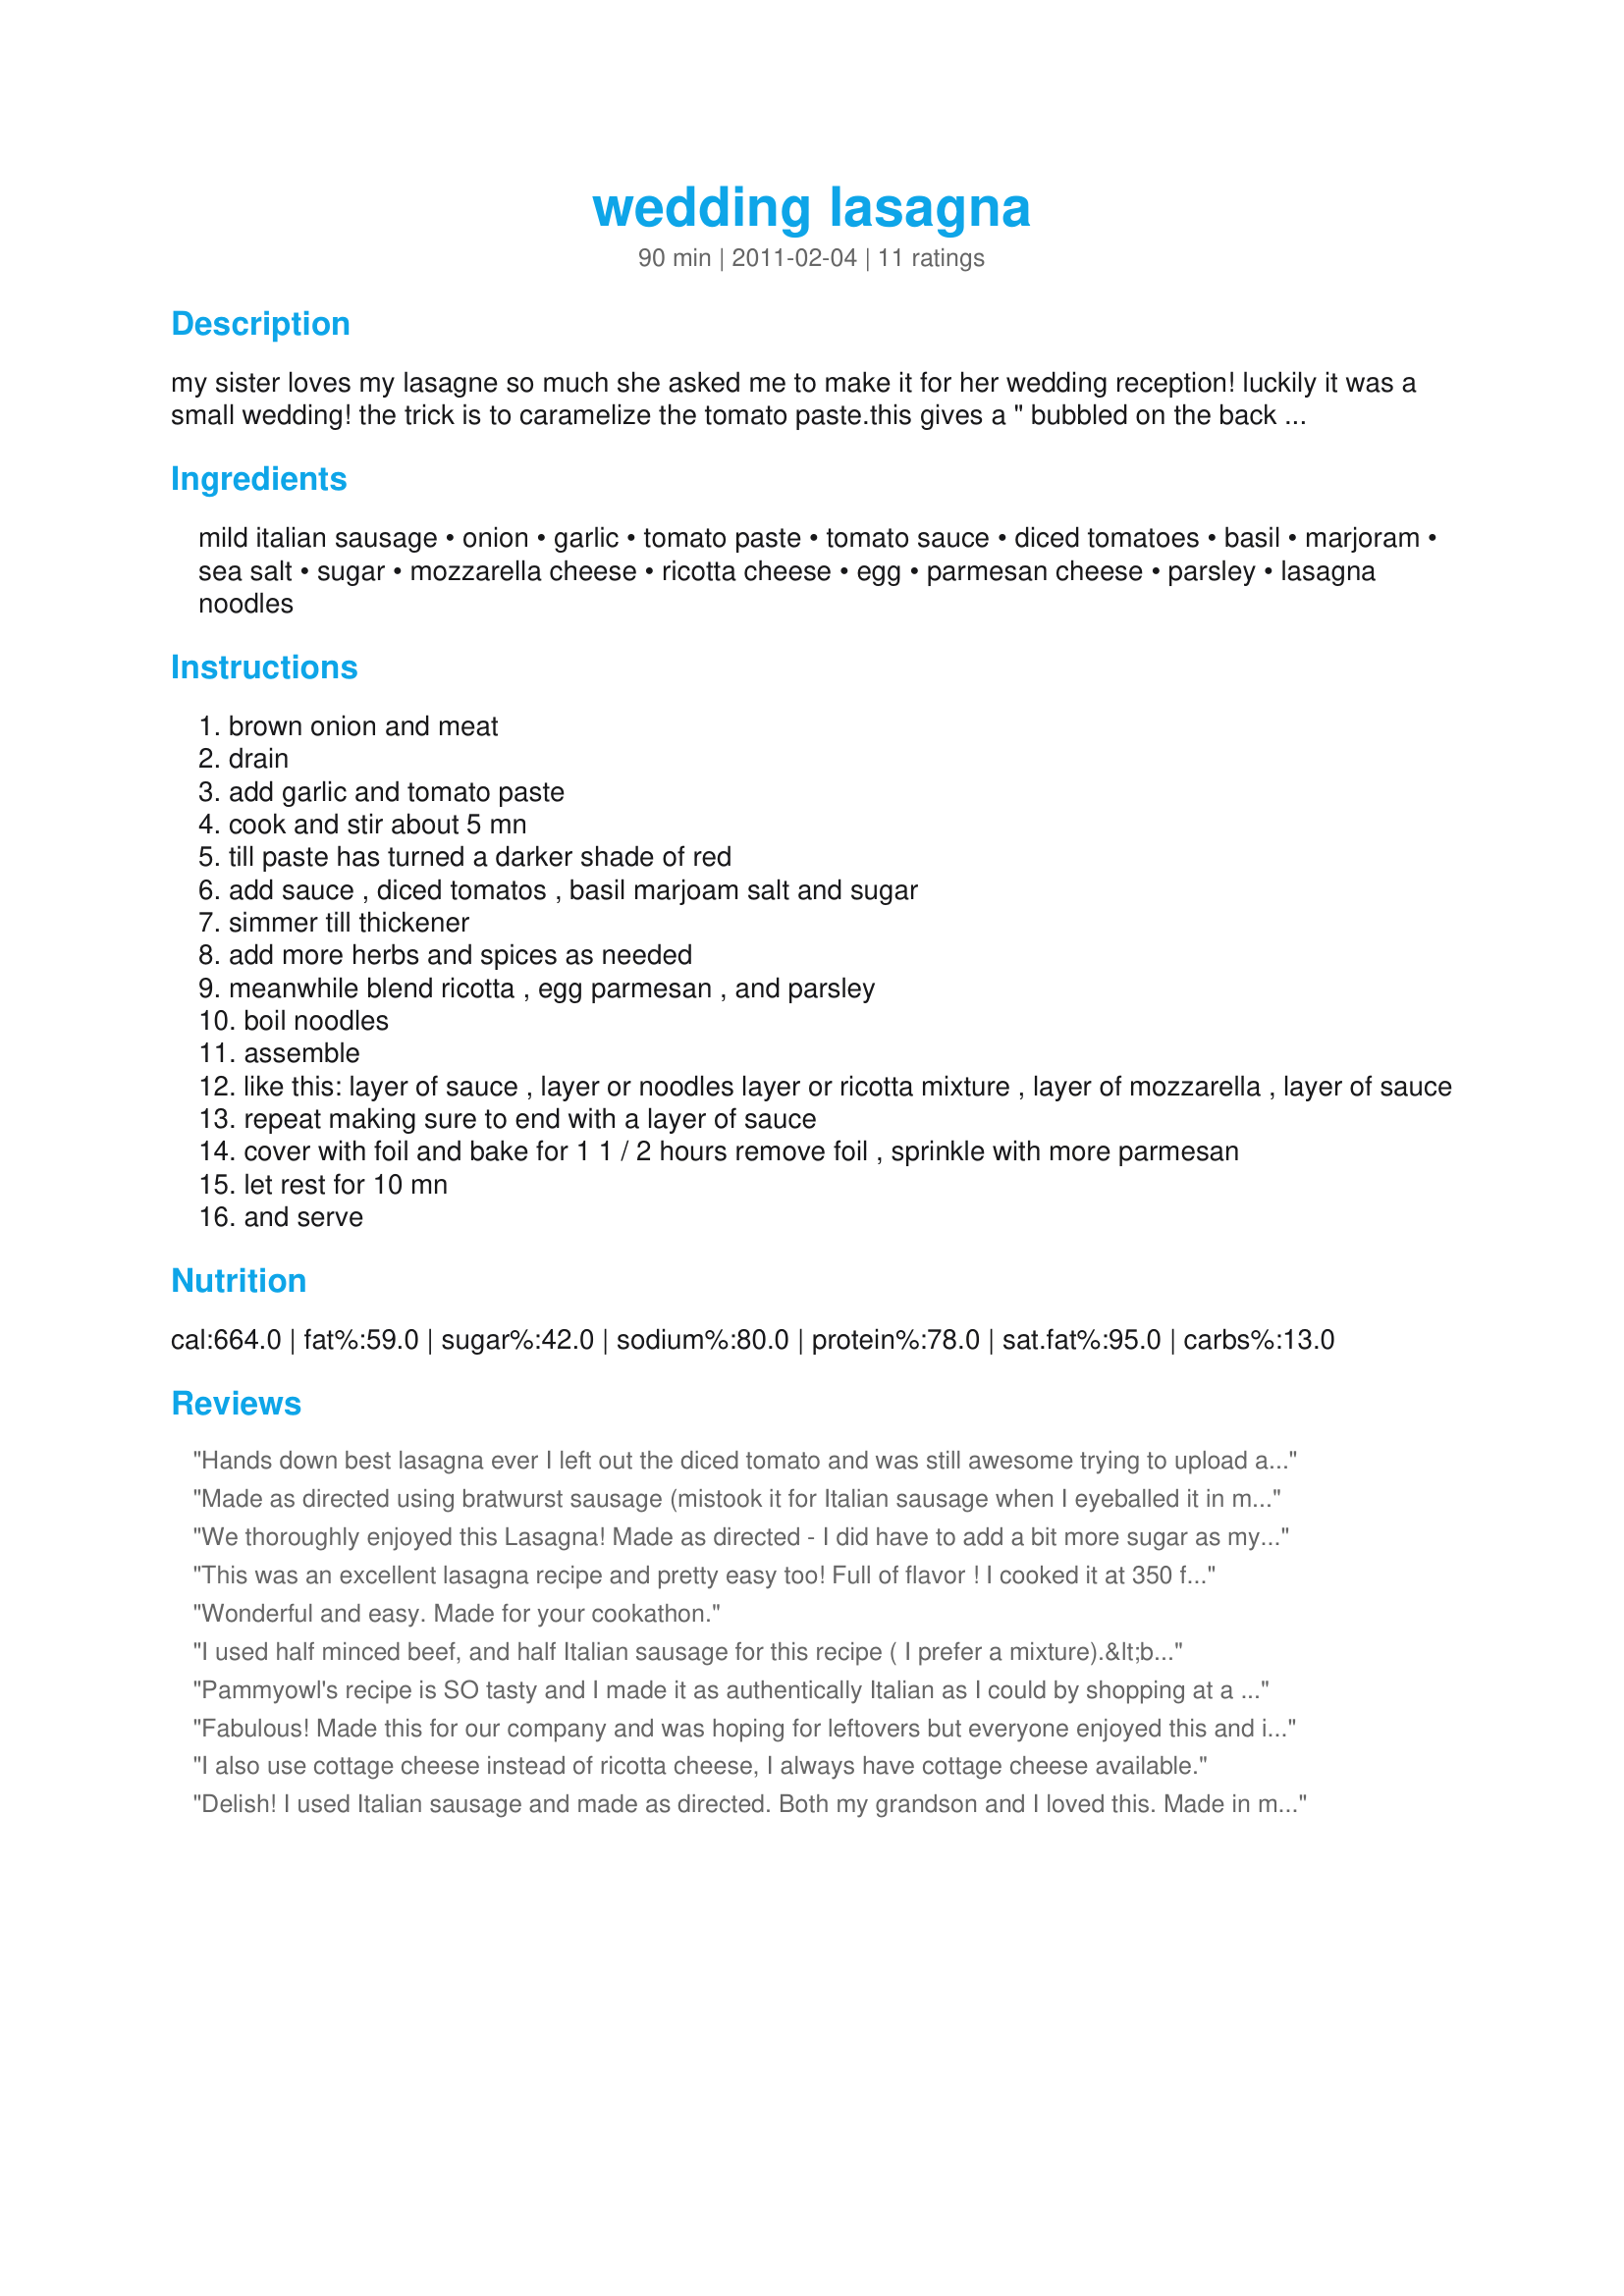
wedding lasagna
Preparation time: 90 minutes

my sister loves my lasagne so much she asked me to make it for her wedding reception! luckily it was a small wedding! the trick is to caramelize the tomato paste.this gives a " bubbled on the back of the stove all day" flavor!

Ingredients:
mild italian sausage, onion, garlic, tomato paste, tomato sauce, diced tomatoes, basil, marjoram, sea salt, sugar, mozzarella cheese, ricotta cheese, egg, parmesan cheese, parsley, lasagna noodles

Steps:
brown onion and meat
drain
add garlic and tomato paste
cook and stir about 5 mn
till paste has turned a darker shade of red
add sauce , diced tomatos , basil marjoam salt and sugar
simmer till thickener
add more herbs and spices as needed
meanwhile blend ricotta , egg parmesan , and parsley
boil noodles
assemble
like this: layer of sauce , layer or noodles layer or ricotta mixture , layer of mozzarella , layer of sauce
repeat making sure to end with a layer of sauce
cover with foil and bake for 1 1 / 2 hours remove foil , sprinkle with more parmesan
let rest for 10 mn
and serve

Reviews:
Hands down best lasagna ever I left out the diced tomato and was still awesome trying to upload a couple pictures for you and everyone to see but they aren&#039;t showing up I had some amazing pictures been told how good it look with the layers I love this recipe thanks so much:-D
Made as directed using bratwurst sausage (mistook it for Italian sausage when I eyeballed it in my freezer!). DH and I love this lasagna! Thanks, pammyowl!
We thoroughly enjoyed this Lasagna! Made as directed - I did have to add a bit more sugar as my home canned tomatoes were fairly acidic and I do seem to have a heavy hand with cheese. We will be enjoying this often and will remember Pammyowl.
This was an excellent lasagna recipe and pretty easy too! Full of flavor ! I cooked it at 350 for 50 minutes and it was perfect. I took the foil off the last 10 minutes of cooking time and added the rest of the Parmesan and parsley to the top and let the cheese melt . I used fresh shredded Parmesan , not the can. I pretty much followed the recipe and the amounts were right on. Highly recommended! R.I.P. pammyowl.
Wonderful and easy. Made for your cookathon.
I used half minced beef, and half Italian sausage for this recipe ( I prefer a mixture).&lt;br/&gt;I also added a dash of bicarbonate of soda to the mix to take some sting out of the tomatoes. I also added some salt and a sprinkle of oregano to the ricotta mixture to lift it a little.&lt;br/&gt;A good, tasty lasagne recipe, that we thoroughly enjoyed!!&lt;br/&gt;Made for PRMR.
Pammyowl's recipe is SO tasty and I made it as authentically Italian as I could by shopping at a local Italian market for the noodles, and tomato products as well as the fresh ricotta cheese. Using one beaten egg in the ricotta-parsley mixture helps the lasagne construction hold together without being dry or giving an unpleasant texture to the dish. I substituted a mixture of Asiago cheese and Parmesan with the ricotta as I like the extra flavor the Asiago lends anything. I rubbed each pan with a good olive oil to give flavor as well, but was careful not to add enough to taste too oily. Anyway the forty men who ate at our church meal for the homeless wiped out my two pans first before all the rest and that was caused by them returning for seconds on my dishes. My husband ate some then,too, and he was simply delighted with his portion. p.s. I used a lot of carmelized Spanish onion, extra,fresh Italian spice mix, and two teaspoons of minced fresh garlic for each separate recipe. Since this is Michigan, I refrained myself from adding anything other than the very mild Italian sausage. This dish is a treasure and such a comfort food. I think that all the men will remember the wonderful homemade Italian lasagna that they ate together there last Monday night for a long time. Thanks, pammyowl!
Fabulous! Made this for our company and was hoping for leftovers but everyone enjoyed this and it completely disappeared. I made as written only using half Italian sausage and half ground sirloin. Definately a keeper and one to make again and again. Served with a garden salad and garlic bread. Made in Memory of Pammyowl.
I also use cottage cheese instead of ricotta cheese, I always have cottage cheese available.
Delish! I used Italian sausage and made as directed. Both my grandson and I loved this. Made in memory of Pammyowl.
Yum, yum, yum. I see why this is your sister&#039;s favorite lasagna, it is now my favorite lasagna. So decadent and perfect. The sauce is a dream. This dish was quick and easy to make and the flavor is out of this world good. Rich, creamy, cheesy, beautiful tomato flavor and tender noodles. Thank you so much for sharing my friend, your legacy will live on, I will be making this often in the years to come and will always remember you fondly. Made in Memory of Pammyowl.
